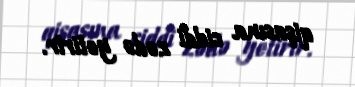
qişasına ciddi zədə yetirir.